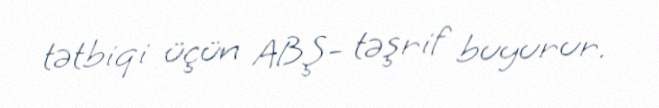
tətbiqi üçün ABŞ- təşrif buyurur.